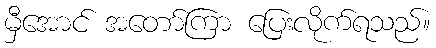
မှီအောင် အတော်ကြာ ပြေးလိုက်ရသည်။